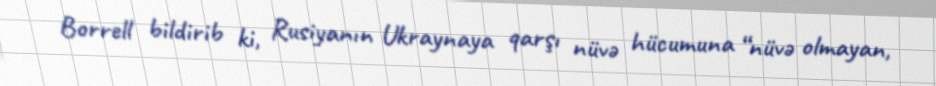
Borrell bildirib ki, Rusiyanın Ukraynaya qarşı nüvə hücumuna “nüvə olmayan,